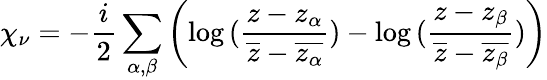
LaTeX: \chi_{\nu}=-\frac{i}{2}\sum_{\alpha,\beta}\left(\log{(\frac{z-z_{\alpha}}{\overline{{{z}}}-\overline{{{z_{\alpha}}}}})}-\log{(\frac{z-z_{\beta}}{\overline{{{z}}}-\overline{{{z_{\beta}}}}})}\right)